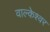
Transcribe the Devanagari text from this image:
वाल्केश्वर